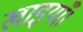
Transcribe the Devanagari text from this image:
खाइयाँ।